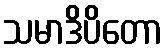
သမာဒိပိတော